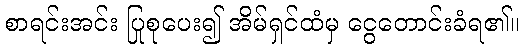
စာရင်းအင်း ပြုစုပေး၍ အိမ်ရှင်ထံမှ ငွေတောင်းခံရ၏။